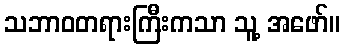
သဘာဝတရားကြီးကသာ သူ့ အဖော်။